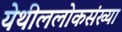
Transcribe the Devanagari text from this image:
येथीललोकसंख्या